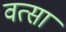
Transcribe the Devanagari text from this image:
वत्सा